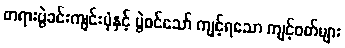
တရားပွဲခင်းကျင်းပုံနှင့် ပွဲဝင်သော် ကျင့်ရသော ကျင့်ဝတ်များ